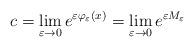
LaTeX: \begin{align*}c = \lim_{\varepsilon \rightarrow 0} e^{\varepsilon \varphi_\varepsilon(x)}= \lim_{\varepsilon \rightarrow 0} e^{\varepsilon M_\varepsilon}\end{align*}